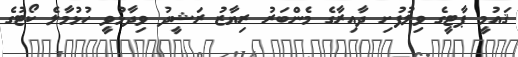
ޤައުމީ ޕާޓީގެ ވިލުފުށި ދާއިރާގެ މެންބަރު ރިޔާޒު ރަޝީދު ވިދާޅުވީ ހުޅުމާލެ ކޯޓުގެ